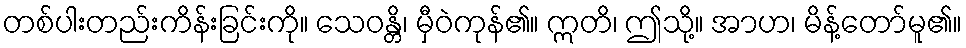
တစ်ပါးတည်းကိန်းခြင်းကို။ သေဝန္တိ၊ မှီဝဲကုန်၏။ ဣတိ၊ ဤသို့။ အာဟ၊ မိန့်တော်မူ၏။